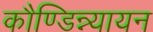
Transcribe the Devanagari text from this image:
कौण्डिन्न्यायन